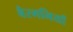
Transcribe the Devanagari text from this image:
बैरगनियाँ